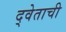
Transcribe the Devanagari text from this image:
द्वेताची